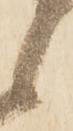
候